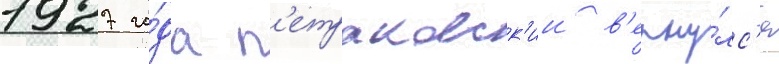
1927 го́да п'етраковск'ии в'ерну́лс'я